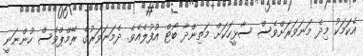
އެކަމަކު މިދެ މަނަވަރަށްވެސް ސާޅީހަކަށް މަތިންދާ ބޯޓް އުފުލެއެވެ. ދެމަނަވަރުގެ ރޭމްޕްވެސް ހުންނަނީ